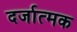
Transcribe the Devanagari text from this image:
दर्जात्मक